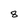
Character: 8